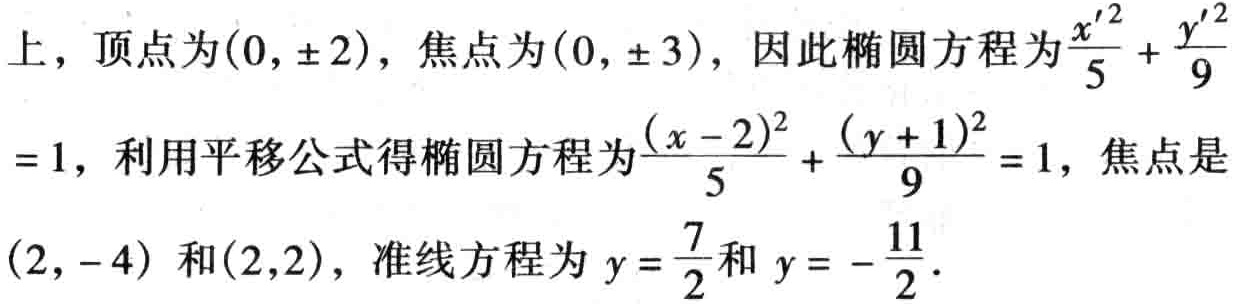
上，顶点为\((0, \pm 2)\)，焦点为\((0, \pm 3)\)，因此椭圆方程为\(\frac{x'^{2}}{5} + \frac{y'^{2}}{9}\)
\(= 1\)，利用平移公式得椭圆方程为\(\frac{(x - 2)^{2}}{5} + \frac{(y + 1)^{2}}{9} = 1\)，焦点是
\((2, - 4)\) 和\((2,2)\)，准线方程为 \(y = \frac{7}{2}\)和 \(y = - \frac{11}{2}\)．